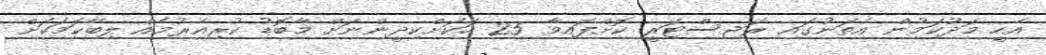
އެހީ މަދުކަމުން އެތަނުގައި ރަޖިސްޓަރީ ކޮށްފައިވާ 25 ހަކަށްކިދީންނަށް މާބޮޑު ކުރިއެރުމެއް ލިބޭކަމަކަށް